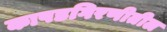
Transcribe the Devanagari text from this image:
कापडगिरणीतील